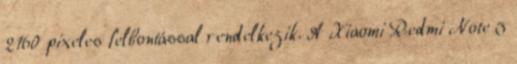
2160 pixeles felbontással rendelkezik. A Xiaomi Redmi Note 5